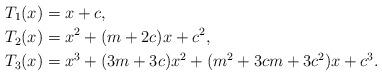
LaTeX: \begin{align*}T_{1}(x)&=x+c,\\T_{2}(x)&=x^2+(m+2c)x+c^2,\\T_{3}(x)&=x^3+(3m+3c)x^2+(m^2+3cm+3c^2)x+c^3.\end{align*}